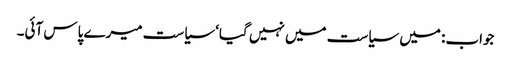
جواب: میں سیاست میں نہیں گیا‘ سیاست میرے پاس آئی۔